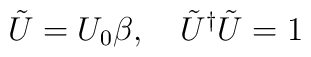
\tilde{U}=U_0\beta,\quad\tilde{U}^\dag\tilde{U}=1